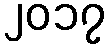
၂၀၁၇